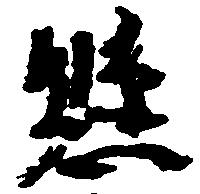
懸